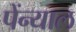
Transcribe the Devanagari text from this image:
पेंन्याल